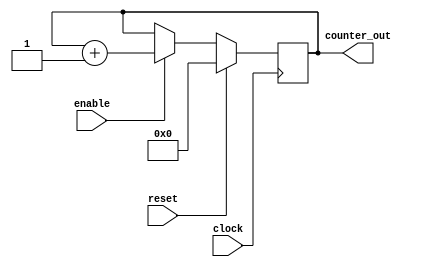
module counter (
  clock,
  reset,
  enable,
  counter_out
);

input clock;
input reset;
input enable;

output [3:0] counter_out;

wire clock;
wire reset;
wire enable;

reg [3:0] counter_out;

always @ (posedge clock)
begin: COUNTER
  if (reset == 1'b1) begin
    counter_out <= #1 4'b0000;
  end
  else if (enable == 1'b1) begin
    counter_out <= #1 counter_out + 1;
  end
end

endmodule